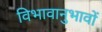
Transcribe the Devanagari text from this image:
विभावानुभावों